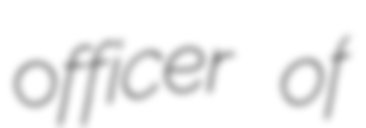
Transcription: officer of